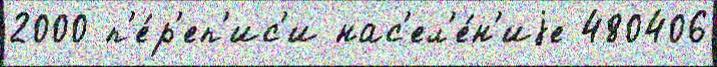
2000 п'е́р'еп'ис'и нас'ел'е́н'иjе 480406